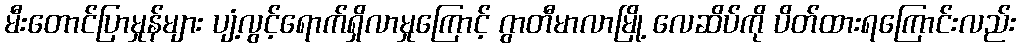
မီးတောင်ပြာမှုန်များ ပျံ့လွင့်ရောက်ရှိလာမှုကြောင့် ဂွာတီမာလာမြို့ လေဆိပ်ကို ပိတ်ထားရကြောင်းလည်း